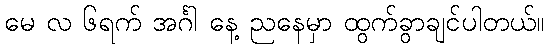
မေ လ ၆ရက် အင်္ဂါ နေ့ ညနေမှာ ထွက်ခွာချင်ပါတယ်။